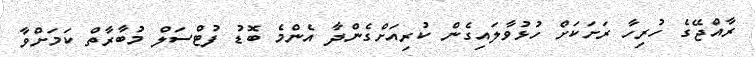
ރާއްޖޭގެ ހުރިހާ ރަށަކަށް ހުޅުވާލައިގެން ކުރިއަށްގެންދާ އެންމެ ބޮޑު ފުޓްސަލް މުބާރާތް ކަމަށްވާ